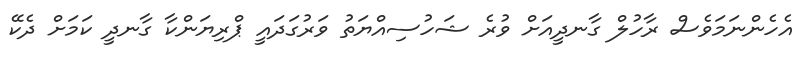
އެހެންނަމަވެސް ރާހުލް ގާނދީއަށް ވުރެ ޝަހުސިއްޔަތު ވަރުގަދައީ ޕްރިޔަންކާ ގާނދީ ކަމަށް ދެކޭ